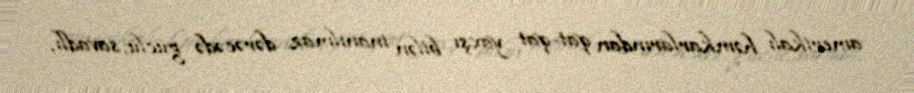
amerikalı həmkarlarından qat-qat yaxşı bilən inanılmaz dərəcədə güclü, savadlı,